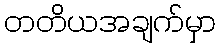
တတိယအချက်မှာ